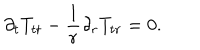
LaTeX: \partial _ { t } T _ { t t } - \frac { 1 } { r } \partial _ { r } T _ { t r } = 0 .